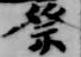
祭